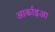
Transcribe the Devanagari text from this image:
आर्काइआ